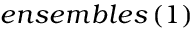
e n s e m b l e s \left( 1 \right)